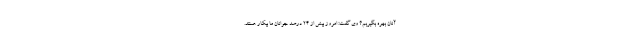
آنان بهره بگیریم؟ وی گفت: امروز بیش از ۲۴ درصد جوانان ما بیکار هستند.